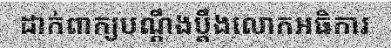
ដាក់ពាក្យបណ្តឹងប្តឹងលោកអធិការ